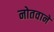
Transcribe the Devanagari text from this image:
नोतवाने